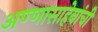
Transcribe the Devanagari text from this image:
अण्णासाहेबांची